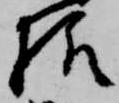
様